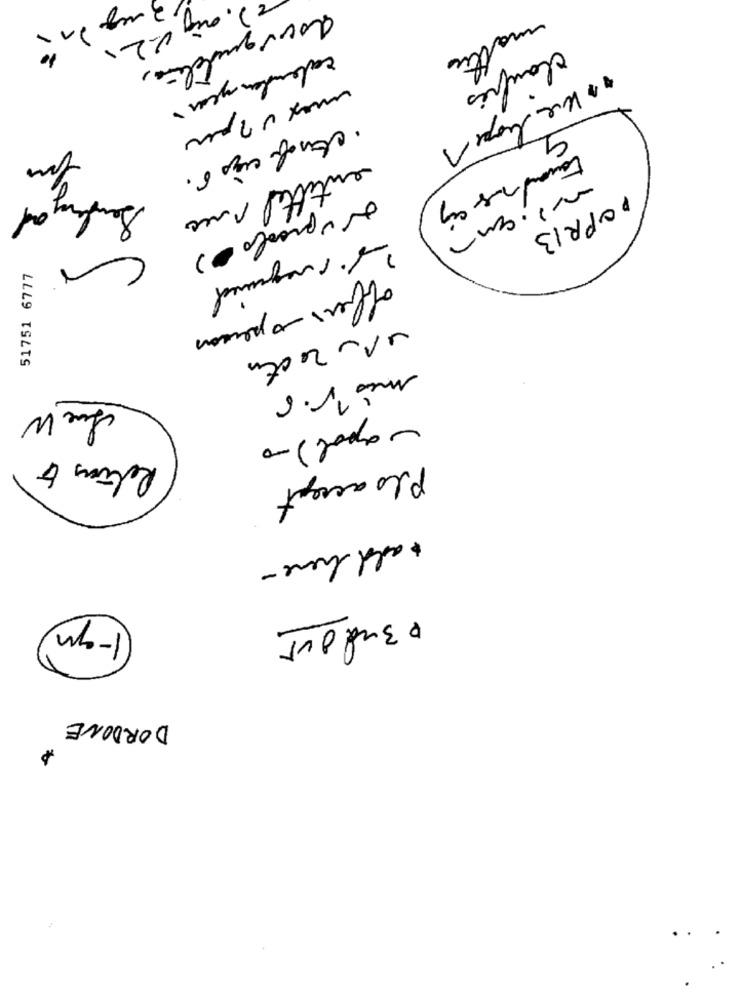
3 mg
matti
claufés
calendaryear.
max v? per
9
entittel prec
POPR13
Nupradoos
51751 6777
· required
offers - person
mis 5.6
Sue W
- apol)-0
Retiens 6
Ploaccept
+ add here -
1-mm
0 3 nd dvr
DORDONE